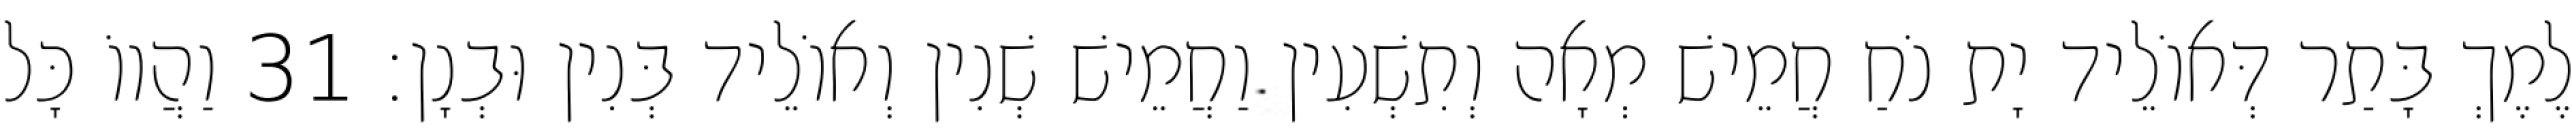
לֶמֶךְ בָּתַר דְּאוֹלֵיד יָת נֹחַ חֲמֵישׁ מְאָה וְתִשְׁעִין וַחֲמֵישׁ שְׁנִין וְאוֹלֵיד בְּנִין וּבְנָן׃ 31 וַהֲווֹ כָּל